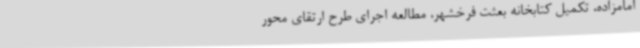
امامزاده، تکمیل کتابخانه بعثت فرخشهر، مطالعه اجرای طرح ارتقای محور